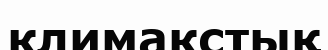
климакстық